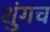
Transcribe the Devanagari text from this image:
शुंगच